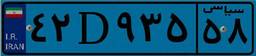
۴۲D۹۳۵۵۸